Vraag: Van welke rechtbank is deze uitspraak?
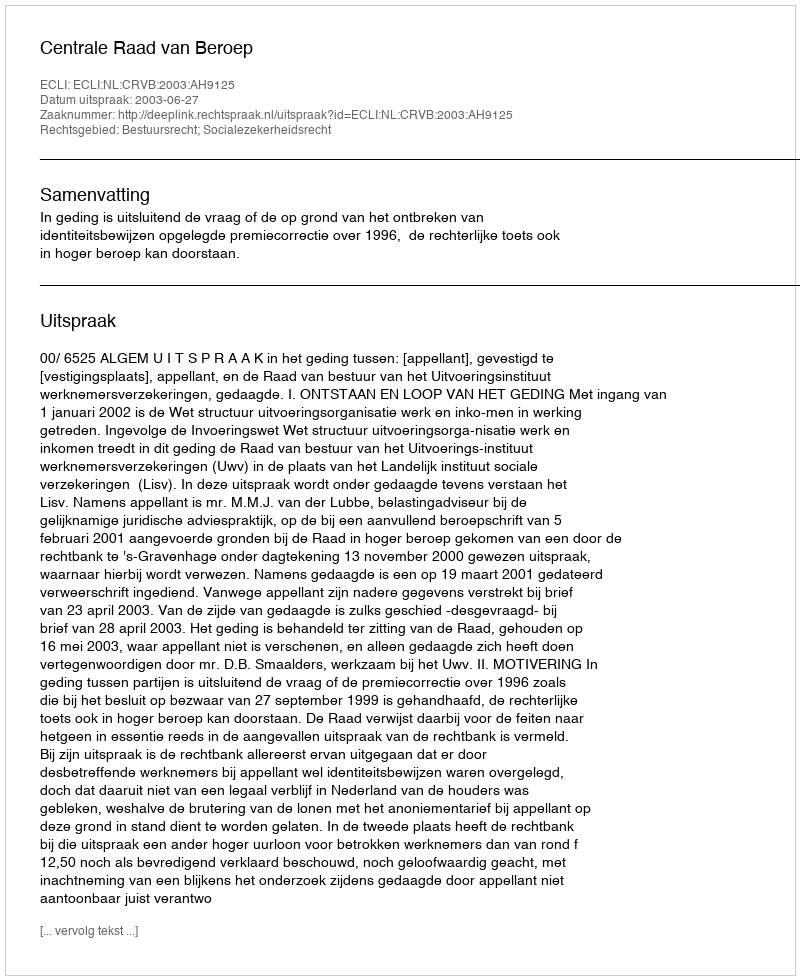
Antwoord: Centrale Raad van Beroep